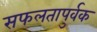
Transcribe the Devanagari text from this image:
सफलतापुर्वक